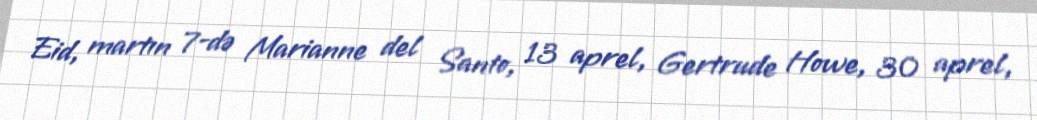
Eid, martın 7-də Marianne del Santo, 13 aprel, Gertrude Howe, 30 aprel,